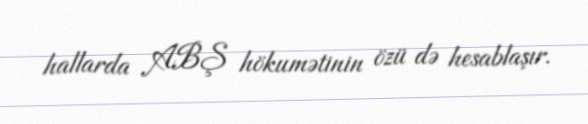
hallarda ABŞ hökumətinin özü də hesablaşır.